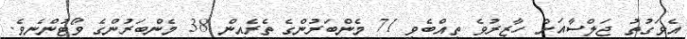
އެވަގުތު ޖަލްސާއަށް ހާޒިރުވެ ތިއްބެވި 71 މެންބަރުންގެ ތެރެއިން 38 މެންބަރުންގެ ވޯޓުންނެވެ.